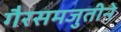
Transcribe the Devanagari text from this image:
गैरसमजुतीने